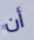
أن